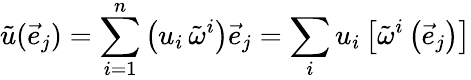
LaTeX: {\tilde{u}}({\vec{e}}_{j})=\sum_{i=1}^{n}\left(u_{i}\, {\tilde{\omega}}^{i}\right){\vec{e}}_{j}=\sum_{i}u_{i}\left[{\tilde{\omega}}^{i}\left({\vec{e}}_{j}\right)\right]